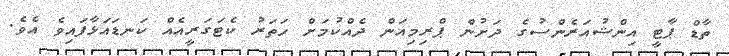
ތާޑް ޕާޓީ އިންޝުއަރެންސުގެ ދަށުން ޕްރިމިއަން ދެއްކުމަށް ހަތަރު ކެޓަގަރީއެއް ކަނޑައަޅާފައިވެ އެވެ.